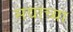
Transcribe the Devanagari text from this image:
सद्याच्या